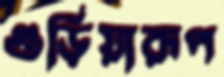
গুড়িয়ারূপ